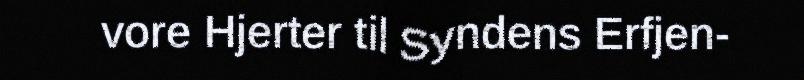
vore Hjerter til Syndens Erfjen-